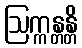
ဩက္ကန္တန္တိ